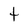
Character: t